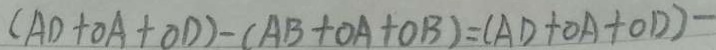
( A D + O A + O D ) - ( A B + O A + O B ) = ( A D + O A + O D ) -